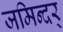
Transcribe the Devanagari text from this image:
जमिन्दर्